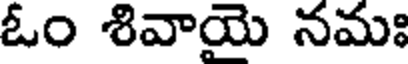
ఓం శివాయె నమః